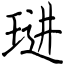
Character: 琎